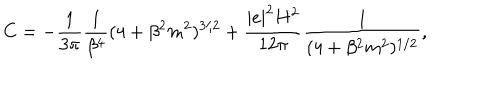
C = - \frac { 1 } { 3 \pi } \frac { 1 } { \beta ^ { 4 } } ( 4 + \beta ^ { 2 } m ^ { 2 } ) ^ { 3 / 2 } + \frac { { \vert e \vert } ^ { 2 } H ^ { 2 } } { 1 2 \pi } \frac { 1 } { ( 4 + \beta ^ { 2 } m ^ { 2 } ) ^ { 1 / 2 } } ,